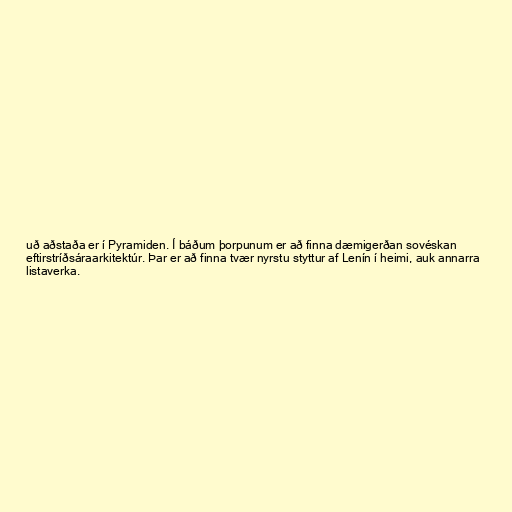
uð aðstaða er í Pyramiden. Í báðum þorpunum er að finna dæmigerðan sovéskan
eftirstríðsáraarkitektúr. Þar er að finna tvær nyrstu styttur af Lenín í heimi, auk annarra
listaverka.